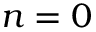
n = 0